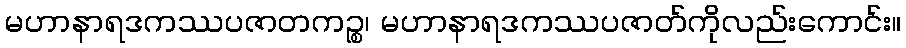
မဟာနာရဒကဿပဇာတကဉ္စ၊ မဟာနာရဒကဿပဇာတ်ကိုလည်းကောင်း။